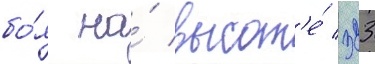
бо́я на́ высот'е́ 323